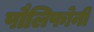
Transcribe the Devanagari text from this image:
पौलिफोनी